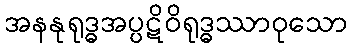
အနနုရုဒ္ဓအပ္ပဋိဝိရုဒ္ဓဿာဝုသော